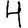
Digit: 4